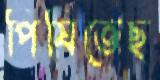
পিষিতেছ